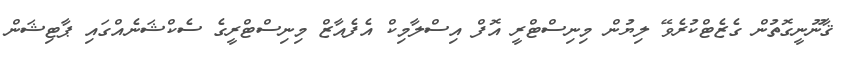
ޤާނޫނީގޮތުން ގެޒެޓްކުރެވޭ ލިޔުން މިނިސްޓްރީ އޮފް އިސްލާމިކް އެފެއާޒް މިނިސްޓްރީގެ ސެކްޝަނެއްގައި ޕާޓިޝަން